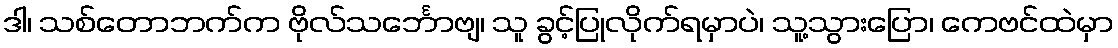
ဒါ၊ သစ်တောဘက်က ဗိုလ်သင်္ဘောဗျ၊ သူ ခွင့်ပြုလိုက်ရမှာပဲ၊ သူ့သွားပြော၊ ကေဗင်ထဲမှာ